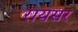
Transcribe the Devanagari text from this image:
रायसर